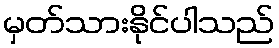
မှတ်သားနိုင်ပါသည်